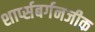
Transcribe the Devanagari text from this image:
शार्प्सबर्गनजीक